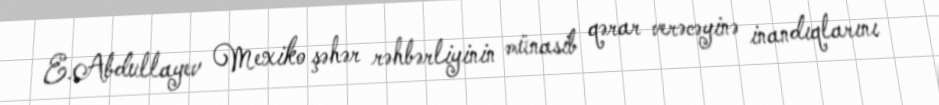
E.Abdullayev Mexiko şəhər rəhbərliyinin münasib qərar verəcəyinə inandıqlarını